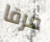
فرقا